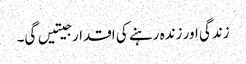
زندگی اور زندہ رہنے کی اقدار جیتیں گی۔